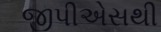
જીપીએસથી